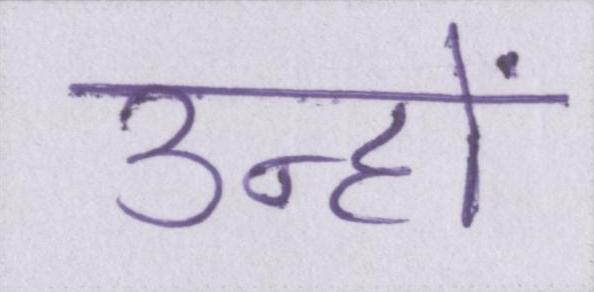
उन्हों